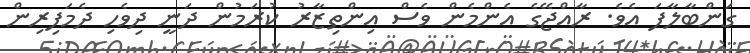
ގަންބާލާފަ އެވެ. ރާއްޖޭގެ އެންމެން ވެސް އިންތިޒާރު ކުރަމުން ދަނީ ދިވެހި ދެމަފިރިން